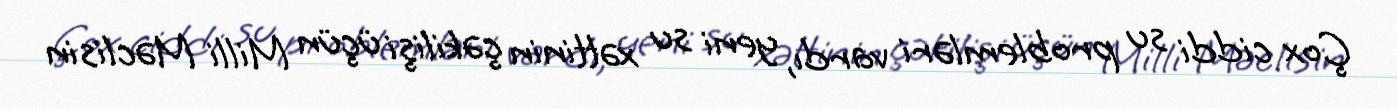
Çox ciddi su problemləri vardı, yeni su xəttinin çəkilişi üçün Milli Məclisin